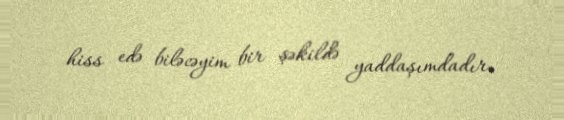
hiss edə biləcəyim bir şəkildə yaddaşımdadır.